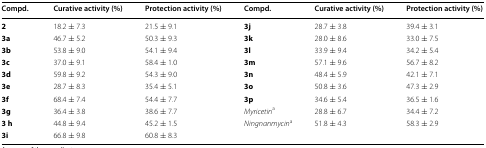
<table><thead><tr><td><b>Compd.</b></td><td><b>Curative activity (%)</b></td><td><b>Protection activity (%)</b></td><td><b>Compd.</b></td><td><b>Curative activity (%)</b></td><td><b>Protection activity (%)</b></td></tr></thead><tbody><tr><td><b>2</b></td><td>18.2 ± 7.3</td><td>21.5 ± 9.1</td><td><b>3j</b></td><td>28.7 ± 3.8</td><td>39.4 ± 3.1</td></tr><tr><td><b>3a</b></td><td>46.7 ± 5.2</td><td>50.3 ± 9.3</td><td><b>3k</b></td><td>28.0 ± 8.6</td><td>33.0 ± 7.5</td></tr><tr><td><b>3b</b></td><td>53.8 ± 9.0</td><td>54.1 ± 9.4</td><td><b>3l</b></td><td>33.9 ± 9.4</td><td>34.2 ± 5.4</td></tr><tr><td><b>3c</b></td><td>37.0 ± 9.1</td><td>58.4 ± 1.0</td><td><b>3m</b></td><td>57.1 ± 9.6</td><td>56.7 ± 8.2</td></tr><tr><td><b>3d</b></td><td>59.8 ± 9.2</td><td>54.3 ± 9.0</td><td><b>3n</b></td><td>48.4 ± 5.9</td><td>42.1 ± 7.1</td></tr><tr><td><b>3e</b></td><td>28.7 ± 8.3</td><td>35.4 ± 5.1</td><td><b>3o</b></td><td>50.8 ± 3.6</td><td>47.3 ± 2.9</td></tr><tr><td><b>3f</b></td><td>68.4 ± 7.4</td><td>54.4 ± 7.7</td><td><b>3p</b></td><td>34.6 ± 5.4</td><td>36.5 ± 1.6</td></tr><tr><td><b>3g</b></td><td>36.4 ± 3.8</td><td>38.6 ± 7.7</td><td><i>Myricetin</i><sup>a</sup></td><td>28.8 ± 6.7</td><td>34.4 ± 7.2</td></tr><tr><td><b>3</b> <b>h</b></td><td>44.8 ± 9.4</td><td>45.2 ± 1.5</td><td><i>Ningnanmycin</i><sup>a</sup></td><td>51.8 ± 4.3</td><td>58.3 ± 2.9</td></tr><tr><td><b>3i</b></td><td>66.8 ± 9.8</td><td>60.8 ± 8.3</td><td></td><td></td><td></td></tr></tbody></table>